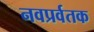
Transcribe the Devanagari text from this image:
नवप्रर्वतक